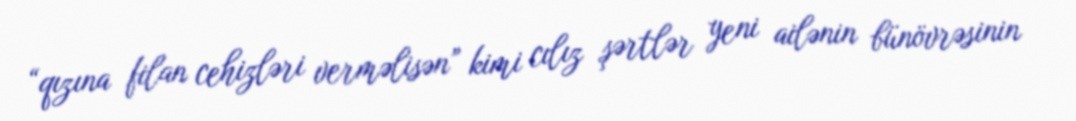
“qızına filan cehizləri verməlisən” kimi cılız şərtlər yeni ailənin bünövrəsinin